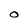
Character: O